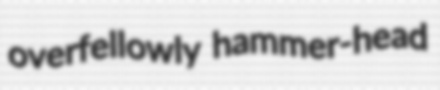
overfellowly hammer-head